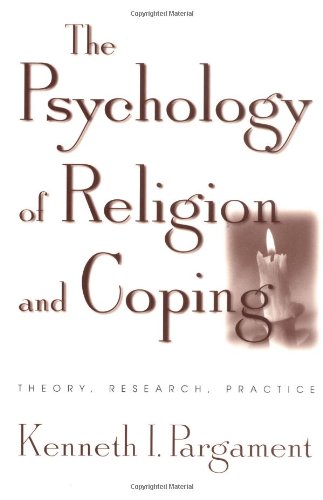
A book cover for The Psychology of Religion and Coping: Theory, Research, Practice; Kenneth I. Pargament PhD; Religion & Spirituality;